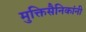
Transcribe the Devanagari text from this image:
मुक्तिसैनिकांनी